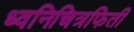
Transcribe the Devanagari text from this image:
ध्वनिचित्रफिती